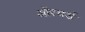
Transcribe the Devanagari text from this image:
ऑरचर्ड